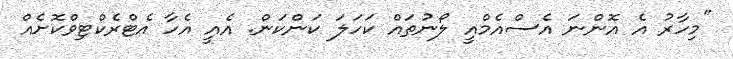
"މިހާރު އެ އޮންނަ އެސްއެމްއީ ލޯނުތައް ކަހަލަ ކަންކަން. އެއީ އެހާ އެޓްރެކްޓިވްކޮށެއް